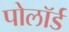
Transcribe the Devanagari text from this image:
पोलॉर्ड